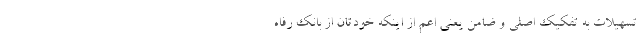
تسهیلات به تفکیک اصلی و ضامن یعنی اعم از اینکه خودتان از بانک رفاه